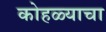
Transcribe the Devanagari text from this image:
कोहळ्याचा